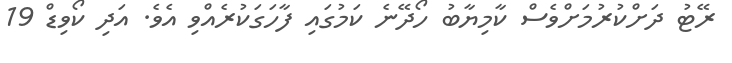
ރޭޓު ދަށްކުރުމަށްވެސް ކާމިޔާބު ހޯދޭނެ ކަމުގައި ފާހަގަކުރެއްވި އެވެ. އަދި ކޯވިޑް 19